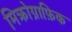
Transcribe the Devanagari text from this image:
मिक्रोग्राफ़िक